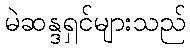
မဲဆန္ဒရှင်များသည်